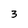
Character: 3